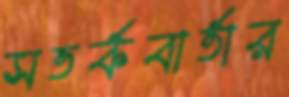
সতর্কবার্তার